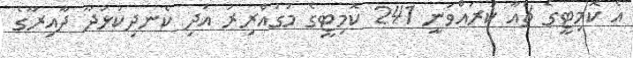
އެ ކޮމިޓީގެ ޗެއާ ކުރައްވަނީ 241 ކޮމިޓީގެ މުގައްރިރު އަދި ކެނދިކުޅުދޫ ދާއިރާގެ